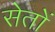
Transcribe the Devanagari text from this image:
सेतों